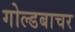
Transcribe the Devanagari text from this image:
गोल्डबाचर